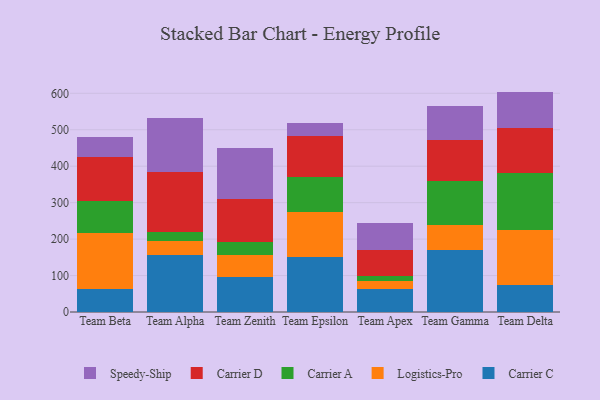
{"axis": {"x": "Team", "y": "Waste Production (Tons)"}, "legend": ["Carrier A", "Carrier C", "Carrier D", "Logistics-Pro", "Speedy-Ship"], "data": [{"x": "Team Beta", "y": 64.2, "type": "Carrier C"}, {"x": "Team Beta", "y": 152.0, "type": "Logistics-Pro"}, {"x": "Team Beta", "y": 88.3, "type": "Carrier A"}, {"x": "Team Beta", "y": 120.1, "type": "Carrier D"}, {"x": "Team Beta", "y": 55.5, "type": "Speedy-Ship"}, {"x": "Team Alpha", "y": 156.0, "type": "Carrier C"}, {"x": "Team Alpha", "y": 37.9, "type": "Logistics-Pro"}, {"x": "Team Alpha", "y": 26.8, "type": "Carrier A"}, {"x": "Team Alpha", "y": 163.3, "type": "Carrier D"}, {"x": "Team Alpha", "y": 147.1, "type": "Speedy-Ship"}, {"x": "Team Zenith", "y": 96.7, "type": "Carrier C"}, {"x": "Team Zenith", "y": 59.1, "type": "Logistics-Pro"}, {"x": "Team Zenith", "y": 35.4, "type": "Carrier A"}, {"x": "Team Zenith", "y": 118.0, "type": "Carrier D"}, {"x": "Team Zenith", "y": 141.8, "type": "Speedy-Ship"}, {"x": "Team Epsilon", "y": 149.8, "type": "Carrier C"}, {"x": "Team Epsilon", "y": 124.2, "type": "Logistics-Pro"}, {"x": "Team Epsilon", "y": 96.2, "type": "Carrier A"}, {"x": "Team Epsilon", "y": 111.4, "type": "Carrier D"}, {"x": "Team Epsilon", "y": 37.4, "type": "Speedy-Ship"}, {"x": "Team Apex", "y": 64.1, "type": "Carrier C"}, {"x": "Team Apex", "y": 21.6, "type": "Logistics-Pro"}, {"x": "Team Apex", "y": 13.0, "type": "Carrier A"}, {"x": "Team Apex", "y": 71.0, "type": "Carrier D"}, {"x": "Team Apex", "y": 74.0, "type": "Speedy-Ship"}, {"x": "Team Gamma", "y": 169.0, "type": "Carrier C"}, {"x": "Team Gamma", "y": 70.7, "type": "Logistics-Pro"}, {"x": "Team Gamma", "y": 119.6, "type": "Carrier A"}, {"x": "Team Gamma", "y": 113.3, "type": "Carrier D"}, {"x": "Team Gamma", "y": 93.9, "type": "Speedy-Ship"}, {"x": "Team Delta", "y": 73.3, "type": "Carrier C"}, {"x": "Team Delta", "y": 151.9, "type": "Logistics-Pro"}, {"x": "Team Delta", "y": 155.9, "type": "Carrier A"}, {"x": "Team Delta", "y": 123.4, "type": "Carrier D"}, {"x": "Team Delta", "y": 100.2, "type": "Speedy-Ship"}]}